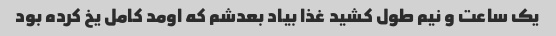
یک ساعت و‌ نیم طول کشید غذا بیاد بعدشم که اومد کامل یخ کرده بود